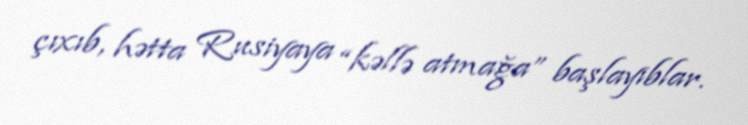
çıxıb, hətta Rusiyaya “kəllə atmağa” başlayıblar.